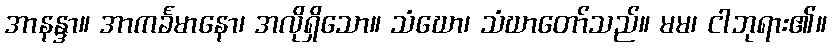
အာနန္ဒာ။ အာကင်္ခမာနော၊ အလိုရှိသော။ သံဃော၊ သံဃာတော်သည်။ မမ၊ ငါဘုရား၏။